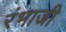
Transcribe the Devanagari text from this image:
रंभाजी